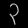
Digit: ၃